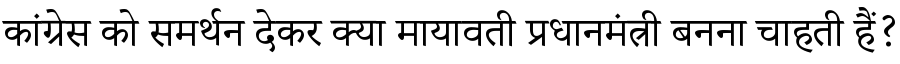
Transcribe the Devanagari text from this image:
कांग्रेस को समर्थन देकर क्या मायावती प्रधानमंत्री बनना चाहती हैं?